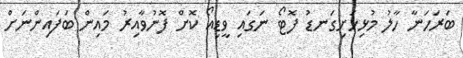
ބަރަހަނާ ހާލު މުޅިހަށިގަނޑު ފޮޓޯ ނަގައި ވީޑިއޯ ކޮށް ފޮނުވާއިރު މައިން ބަފައިންނަށް